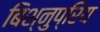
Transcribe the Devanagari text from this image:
बिश्नुप्रिय